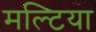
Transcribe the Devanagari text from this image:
मल्टिया